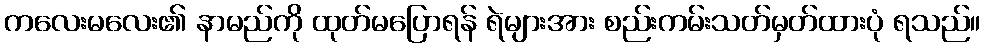
ကလေးမလေး၏ နာမည်ကို ထုတ်မပြောရန် ရဲများအား စည်းကမ်းသတ်မှတ်ထားပုံ ရသည်။